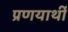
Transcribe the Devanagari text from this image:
प्रणयार्थी